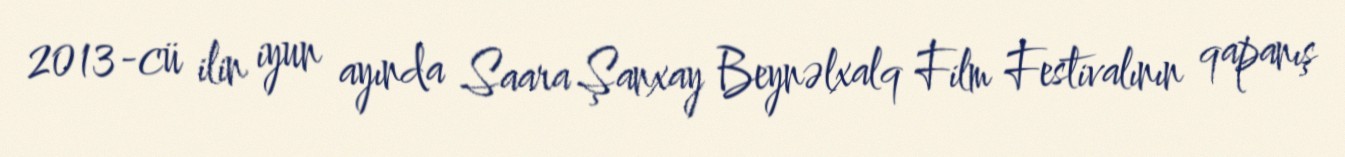
2013-cü ilin iyun ayında Saara Şanxay Beynəlxalq Film Festivalının qapanış